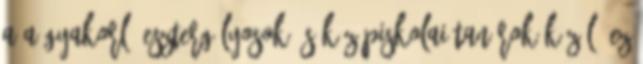
a a gyakorló esztergályosok és középiskolai tanárok közül. Ez